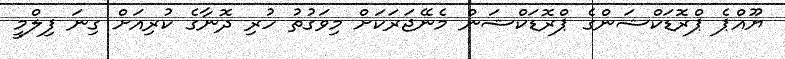
ޔޫއްޕެ ޕްރޮޑަކްޝަންގެ ޕްރޮޑަކްޝަން މެނޭޖަރަކަށް މިވަގުތު ހުރި ދޮނާގެ ކުރިއަށް ގިނަ ފިލްމީ